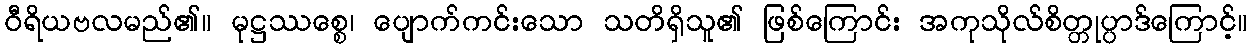
ဝီရိယဗလမည်၏။ မုဋ္ဌဿစ္စေ၊ ပျောက်ကင်းသော သတိရှိသူ၏ ဖြစ်ကြောင်း အကုသိုလ်စိတ္တုပ္ပာဒ်ကြောင့်။